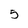
Character: 5